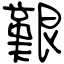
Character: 艱